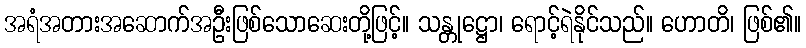
အရံအတားအဆောက်အဦးဖြစ်သောဆေးတို့ဖြင့်။ သန္တုဋ္ဌော၊ ရောင့်ရဲနိုင်သည်။ ဟောတိ၊ ဖြစ်၏။